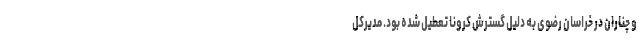
و چناران در خراسان رضوی به دلیل گسترش کرونا تعطیل شده بود. مدیرکل